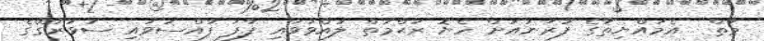
މާތް  އެމައްޔިތާގެ ފުރާނައަށް ހެޔޮ ރަޙްމަތް ލައްވަވައި ފާފަ ފުއްސަވައި ސުވަރުގޭގެ